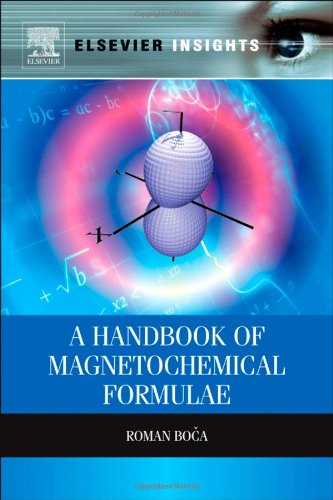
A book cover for A Handbook of Magnetochemical Formulae (Elsevier Insights); Roman Boca; Science & Math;